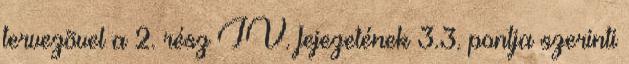
tervezõvel a 2. rész IV. fejezetének 3.3. pontja szerinti